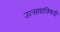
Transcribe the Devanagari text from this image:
उत्सवाविषयी